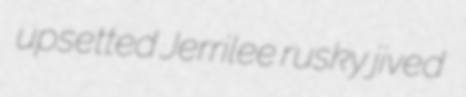
upsetted Jerrilee rusky jived